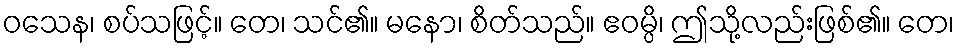
ဝသေန၊ စပ်သဖြင့်။ တေ၊ သင်၏။ မနော၊ စိတ်သည်။ ဧဝမ္ပိ၊ ဤသို့လည်းဖြစ်၏။ တေ၊